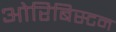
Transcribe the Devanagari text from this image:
ओरिबिस्टन